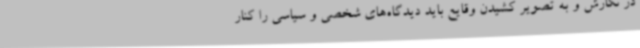
در نگارش و به تصویر کشیدن وقایع باید دیدگاه‌های شخصی و سیاسی را کنار